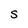
Character: S